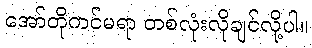
အော်တိုကင်မရာ တစ်လုံးလိုချင်လို့ပါ။